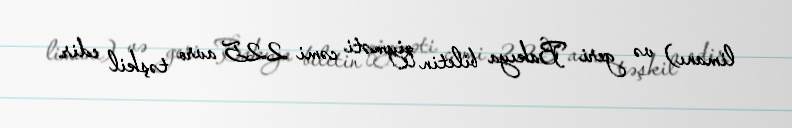
limanı) və geri Bakıya biletin qiyməti cəmi 225 avro təşkil edir.